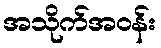
အသိုက်အဝန်း